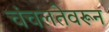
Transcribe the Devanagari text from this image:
चंचलतेवरून